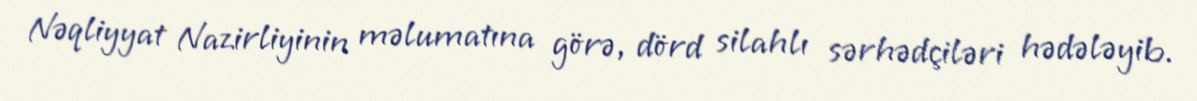
Nəqliyyat Nazirliyinin məlumatına görə, dörd silahlı sərhədçiləri hədələyib.